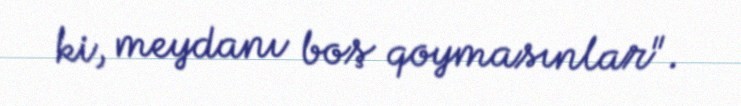
ki, meydanı boş qoymasınlar".